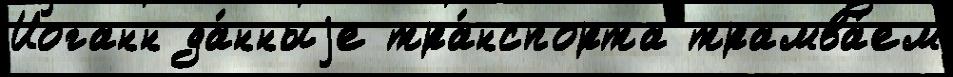
Иоганн да́нныjе тра́нспорта трамва́ем